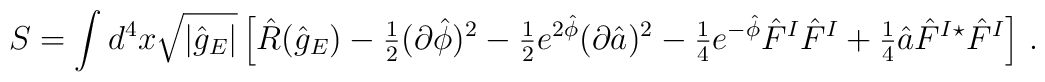
S= \int d^{4}x\sqrt{|\hat{g}_{E}|} \left[ \hat{R}(\hat{g}_{E})-{\textstyle\frac{1}{2}}(\partial\hat{\phi})^{2}-{\textstyle\frac{1}{2}} e^{2\hat{\phi}}(\partial\hat{a})^{2}-{\textstyle\frac{1}{4}} e^{-\hat{\phi}}\hat{F}^{I}\hat{F}^{I}+{\textstyle\frac{1}{4}}\hat{a} \hat{F}^{I}{}^{\star}\hat{F}^{I} \right]\, .